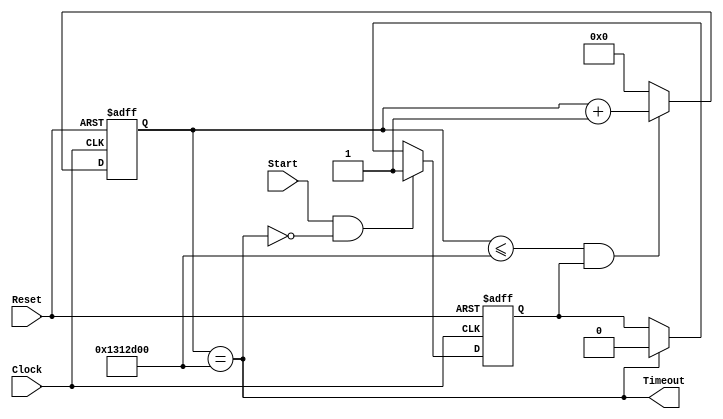
`timescale 1ns / 1ps
//generate one second elapse time at 40MHz clock
//start counting when Start ==1;
//Return Timeout==1 when one second elapse time is reached
 
module OneSecElapseTime(Start, Timeout, Reset, Clock) ;

parameter 	NumberOfBitsForSecond = 26;	//67,107864
//parameter OneSecondElapseTime = 3;	//simulation count
parameter OneSecondElapseTime = 20000000;	//40MHz clock
input		Start, Reset, Clock;
output	Timeout;
reg 	[NumberOfBitsForSecond-1:0]	SecondsCounter;
reg State;

always@(posedge Clock or posedge Reset)
	if (Reset==1) State<=0;
	else if(Start==1 && Timeout==0) State<=1;
	else if(Timeout==1) State<=0;
	else State<=State;

assign Timeout = (SecondsCounter==OneSecondElapseTime);
always @ (posedge Clock or posedge Reset)
	if(Reset==1)	begin SecondsCounter<=0; end
	else if((SecondsCounter<=OneSecondElapseTime) && (State==1)) begin
		SecondsCounter<=SecondsCounter+1'b1; end
	else begin SecondsCounter<=0;end
endmodule